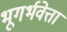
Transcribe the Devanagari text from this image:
भूगर्भवेत्ता